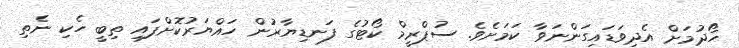
ހޯދުމަށް އެދިވަޑައިގަންނަވާ ކަމަށެވެ. ސުޕްރީމް ކޯޓުގެ ފަނޑިޔާރުން ހައްޔަރުކޮށްފައި ތިބީ ހެކި ނެތި